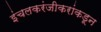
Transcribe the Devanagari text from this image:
इंचलकरंजीकरांकडून